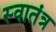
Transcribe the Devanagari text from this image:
स्‍वातंत्र